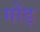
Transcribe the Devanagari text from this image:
गोंड़